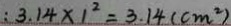
: 3 . 1 4 \times 1 ^ { 2 } = 3 . 1 4 ( c m ^ { 2 } )